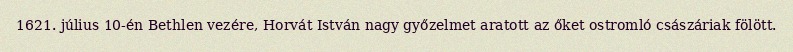
1621. július 10-én Bethlen vezére, Horvát István nagy győzelmet aratott az őket ostromló császáriak fölött.